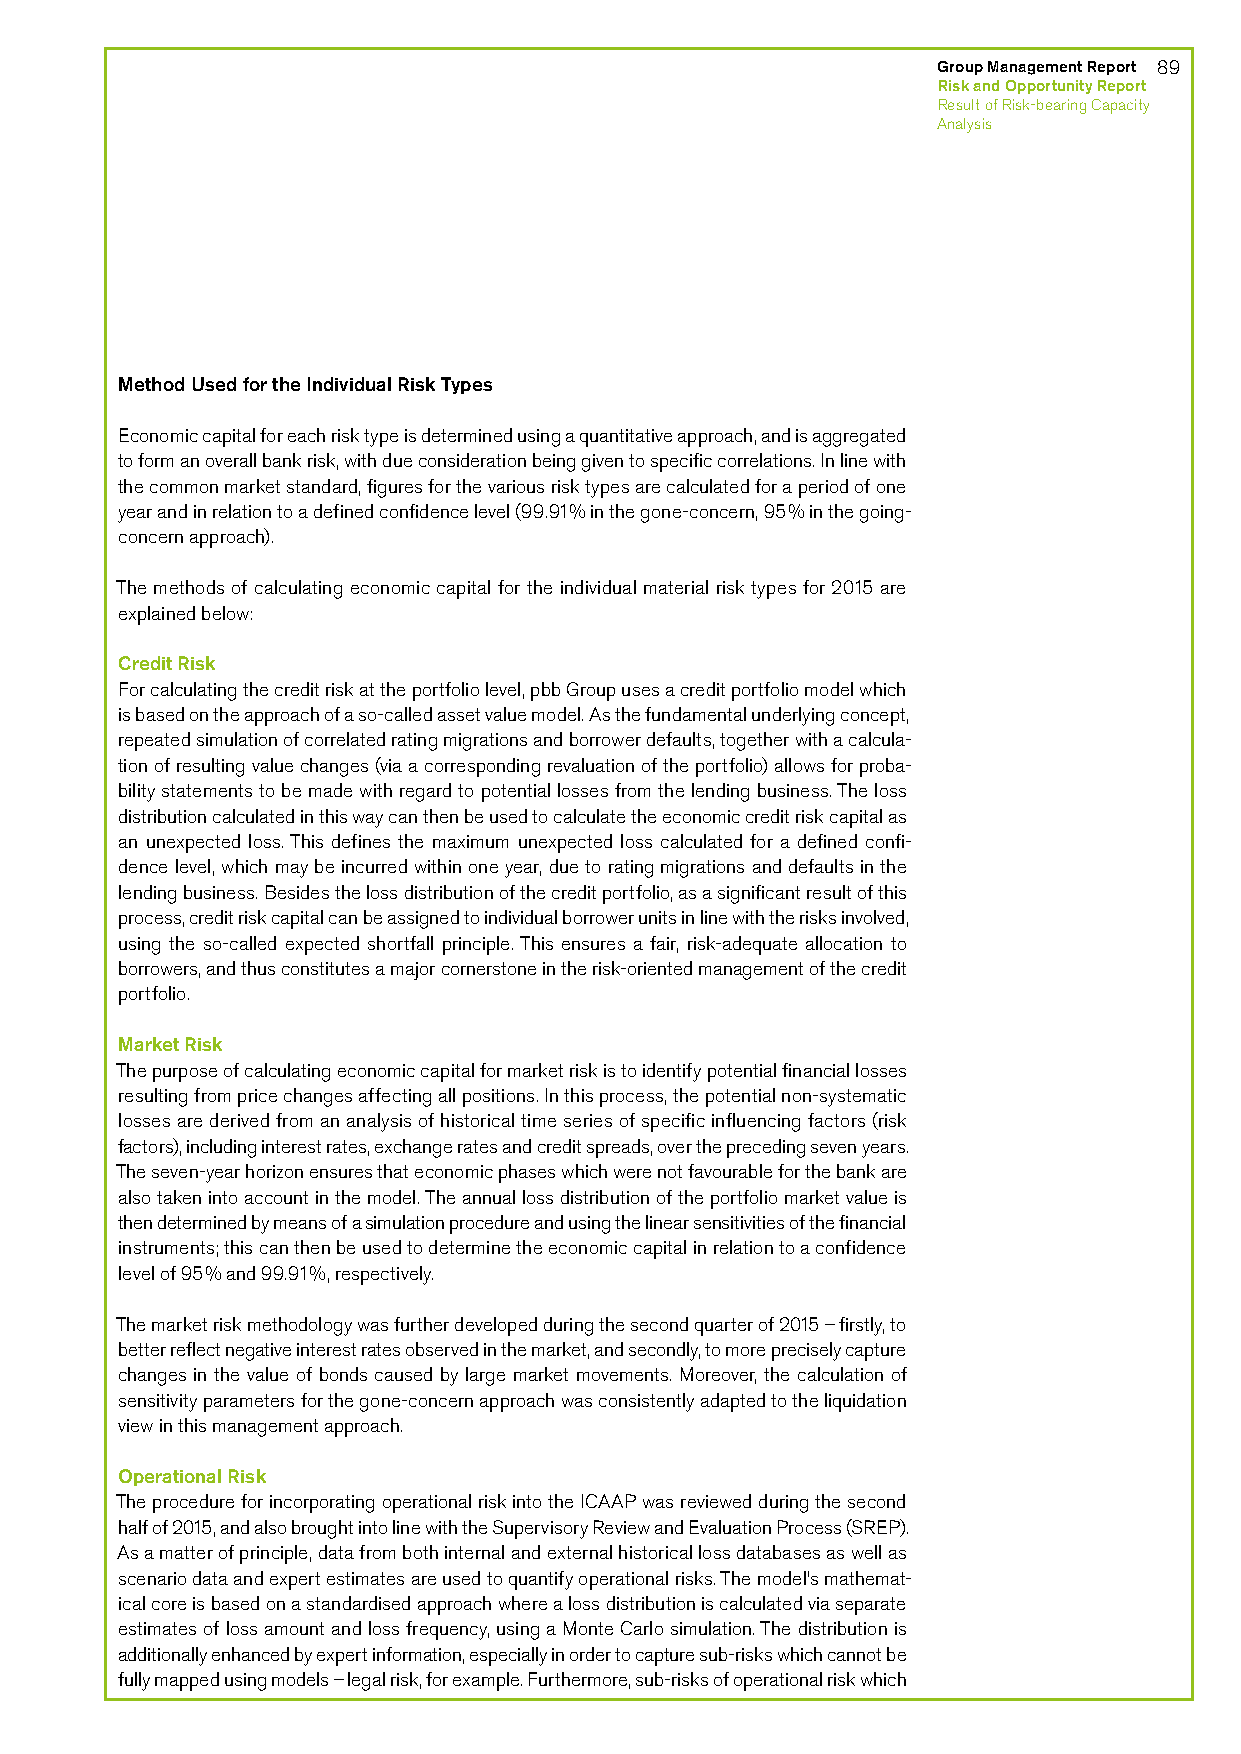
Group Management Report 89
 Risk and Opportunity Report
 Result of Risk-bearing Capacity
 Analysis
 Method Used for the Individual Risk Types
 Economic capital for each risk type is determined using a quantitative approach, and is aggregated
 to form an overall bank risk, with due consideration being given to specific correlations. In line with
 the common market standard, figures for the various risk types are calculated for a period of one
 year and in relation to a defined confidence level (99.91% in the gone-concern, 95% in the going-
 concern approach).
 The methods of calculating economic capital for the individual material risk types for 2015 are
 explained below:
 Credit Risk
 For calculating the credit risk at the portfolio level, pbb Group uses a credit portfolio model which
 is based on the approach of a so-called asset value model. As the fundamental underlying concept,
 repeated simulation of correlated rating migrations and borrower defaults, together with a calcula-
 tion of resulting value changes (via a corresponding revaluation of the portfolio) allows for proba-
 bility statements to be made with regard to potential losses from the lending business. The loss
 distribution calculated in this way can then be used to calculate the economic credit risk capital as
 an unexpected loss. This defines the maximum unexpected loss calculated for a defined confi-
 dence level, which may be incurred within one year, due to rating migrations and defaults in the
 lending business. Besides the loss distribution of the credit portfolio, as a significant result of this
 process, credit risk capital can be assigned to individual borrower units in line with the risks involved,
 using the so-called expected shortfall principle. This ensures a fair, risk-adequate allocation to
 borrowers, and thus constitutes a major cornerstone in the risk-oriented management of the credit
 portfolio.
 Market Risk
 The purpose of calculating economic capital for market risk is to identify potential financial losses
 resulting from price changes affecting all positions. In this process, the potential non-systematic
 losses are derived from an analysis of historical time series of specific influencing factors (risk
 factors), including interest rates, exchange rates and credit spreads, over the preceding seven years.
 The seven-year horizon ensures that economic phases which were not favourable for the bank are
 also taken into account in the model. The annual loss distribution of the portfolio market value is
 then determined by means of a simulation procedure and using the linear sensitivities of the financial
 instruments; this can then be used to determine the economic capital in relation to a confidence
 level of 95% and 99.91%, respectively.
 The market risk methodology was further developed during the second quarter of 2015 – firstly, to
 better reflect negative interest rates observed in the market, and secondly, to more precisely capture
 changes in the value of bonds caused by large market movements. Moreover, the calculation of
 sensitivity parameters for the gone-concern approach was consistently adapted to the liquidation
 view in this management approach.
 Operational Risk
 The procedure for incorporating operational risk into the ICAAP was reviewed during the second
 half of 2015, and also brought into line with the Supervisory Review and Evaluation Process (SREP).
 As a matter of principle, data from both internal and external historical loss databases as well as
 scenario data and expert estimates are used to quantify operational risks. The model’s mathemat-
 ical core is based on a standardised approach where a loss distribution is calculated via separate
 estimates of loss amount and loss frequency, using a Monte Carlo simulation. The distribution is
 additionally enhanced by expert information, especially in order to capture sub-risks which cannot be
 fully mapped using models – legal risk, for example. Furthermore, sub-risks of operational risk which